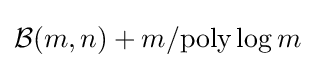
{\mathcal {B}}(m,n)+m/{\text{poly}}\log m